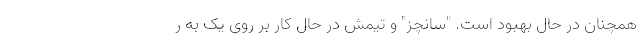
همچنان در حال بهبود است. "سانچز" و تیمش در حال کار بر روی یک به ر